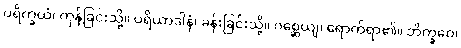
ပရိက္ခယံ၊ ကုန်ခြင်းသို့။ ပရိယာဒါနံ၊ ခန်းခြင်းသို့။ ဂစ္ဆေယျ၊ ရောက်ရာ၏။ ဘိက္ခဝေ၊